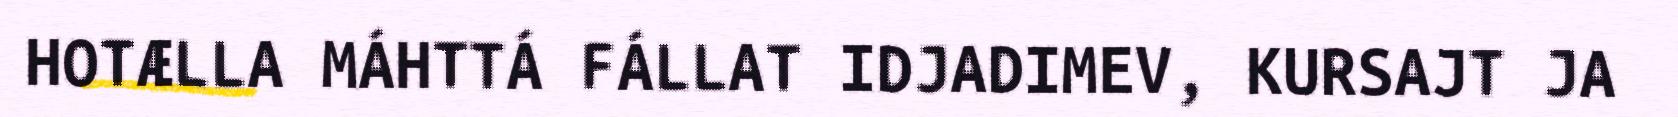
HOTÆLLA MÁHTTÁ FÁLLAT IDJADIMEV, KURSAJT JA